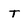
Character: t